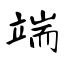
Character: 端